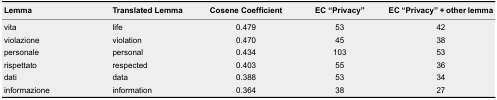
<table><thead><tr><td><b>Lemma</b></td><td><b>Translated Lemma</b></td><td><b>Cosene Coefficient</b></td><td><b>EC “Privacy”</b></td><td><b>EC “Privacy” + other lemma</b></td></tr></thead><tbody><tr><td>vita</td><td>life</td><td>0.479</td><td>53</td><td>42</td></tr><tr><td>violazione</td><td>violation</td><td>0.470</td><td>45</td><td>38</td></tr><tr><td>personale</td><td>personal</td><td>0.434</td><td>103</td><td>53</td></tr><tr><td>rispettato</td><td>respected</td><td>0.403</td><td>55</td><td>36</td></tr><tr><td>dati</td><td>data</td><td>0.388</td><td>53</td><td>34</td></tr><tr><td>informazione</td><td>information</td><td>0.364</td><td>38</td><td>27</td></tr></tbody></table>